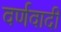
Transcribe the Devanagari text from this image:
वर्णवादी